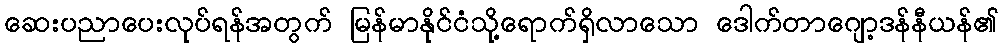
ဆေးပညာပေးလုပ်ရန်အတွက် မြန်မာနိုင်ငံသို့ရောက်ရှိလာသော ဒေါက်တာဂျော့ဒန်နီယန်၏